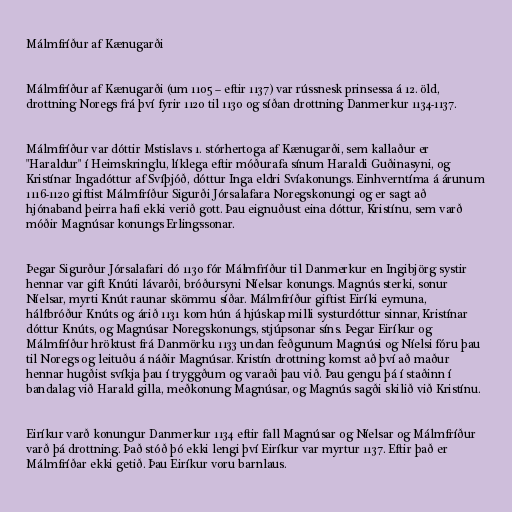
Málmfríður af Kænugarði

Málmfríður af Kænugarði (um 1105 – eftir 1137) var rússnesk prinsessa á 12. öld,
drottning Noregs frá því fyrir 1120 til 1130 og síðan drottning Danmerkur 1134-1137.

Málmfríður var dóttir Mstislavs 1. stórhertoga af Kænugarði, sem kallaður er
"Haraldur" í Heimskringlu, líklega eftir móðurafa sínum Haraldi Guðinasyni, og
Kristínar Ingadóttur af Svíþjóð, dóttur Inga eldri Svíakonungs. Einhverntíma á árunum
1116-1120 giftist Málmfríður Sigurði Jórsalafara Noregskonungi og er sagt að
hjónaband þeirra hafi ekki verið gott. Þau eignuðust eina dóttur, Kristínu, sem varð
móðir Magnúsar konungs Erlingssonar.

Þegar Sigurður Jórsalafari dó 1130 fór Málmfríður til Danmerkur en Ingibjörg systir
hennar var gift Knúti lávarði, bróðursyni Níelsar konungs. Magnús sterki, sonur
Níelsar, myrti Knút raunar skömmu síðar. Málmfríður giftist Eiríki eymuna,
hálfbróður Knúts og árið 1131 kom hún á hjúskap milli systurdóttur sinnar, Kristínar
dóttur Knúts, og Magnúsar Noregskonungs, stjúpsonar síns. Þegar Eiríkur og
Málmfríður hröktust frá Danmörku 1133 undan feðgunum Magnúsi og Níelsi fóru þau
til Noregs og leituðu á náðir Magnúsar. Kristín drottning komst að því að maður
hennar hugðist svíkja þau í tryggðum og varaði þau við. Þau gengu þá í staðinn í
bandalag við Harald gilla, meðkonung Magnúsar, og Magnús sagði skilið við Kristínu.

Eiríkur varð konungur Danmerkur 1134 eftir fall Magnúsar og Níelsar og Málmfríður
varð þá drottning. Það stóð þó ekki lengi því Eiríkur var myrtur 1137. Eftir það er
Málmfríðar ekki getið. Þau Eiríkur voru barnlaus.